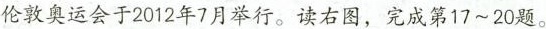
伦敦奥运会于2012年7月举行。读右图，完成第17~20题。